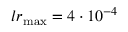
l r _ { \mathrm { m a x } } = 4 \cdot 1 0 ^ { - 4 }